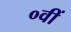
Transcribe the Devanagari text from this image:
०वीं